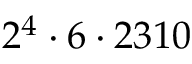
2 ^ { 4 } \cdot 6 \cdot 2 3 1 0